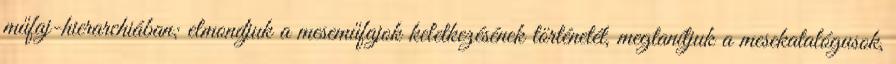
műfaj-hierarchiában; elmondjuk a meseműfajok keletkezésének történetét, megtanítjuk a mesekatalógusok,